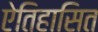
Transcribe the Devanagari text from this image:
ऐतिहासित